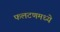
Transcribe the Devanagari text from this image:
फलटणमध्ये